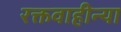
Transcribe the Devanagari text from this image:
रक्तवाहीन्या